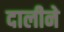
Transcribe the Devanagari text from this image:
दालीने